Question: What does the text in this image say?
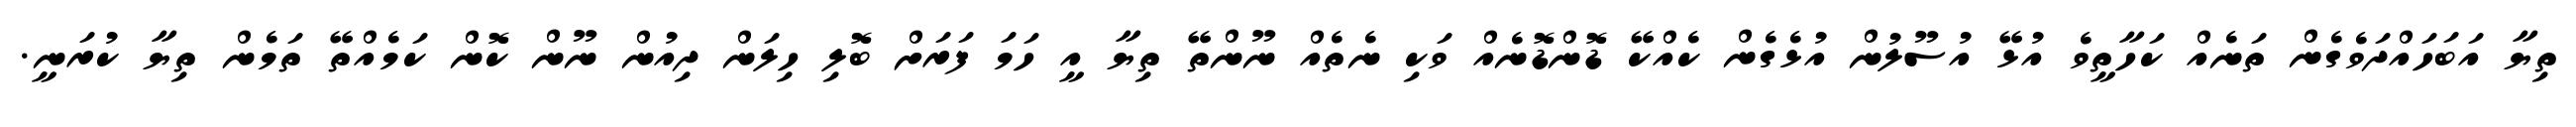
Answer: ތިޔާ އަބަހައްދަވެގެން ތަނެއް ކަހާތީވެ އުޅޭ އުސޫލުން އުޅެގެން ކެއްކޭ ޑޮންޑޮނެއް ވަކި ނެތެއް ނޫންތޭ ތިޔާ އީ ހަމަ ފަރަށް ބޮލި ހިލަން ދިއުން ނޫން ކޮން ކަމެއްތޭ ތަމެން ތިޔާ ކުރަނީ.